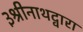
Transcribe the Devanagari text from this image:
३श्रीनाथद्वारा